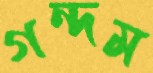
গন্দম